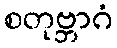
စတုဗ္ဘာဂံ